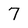
Character: 7